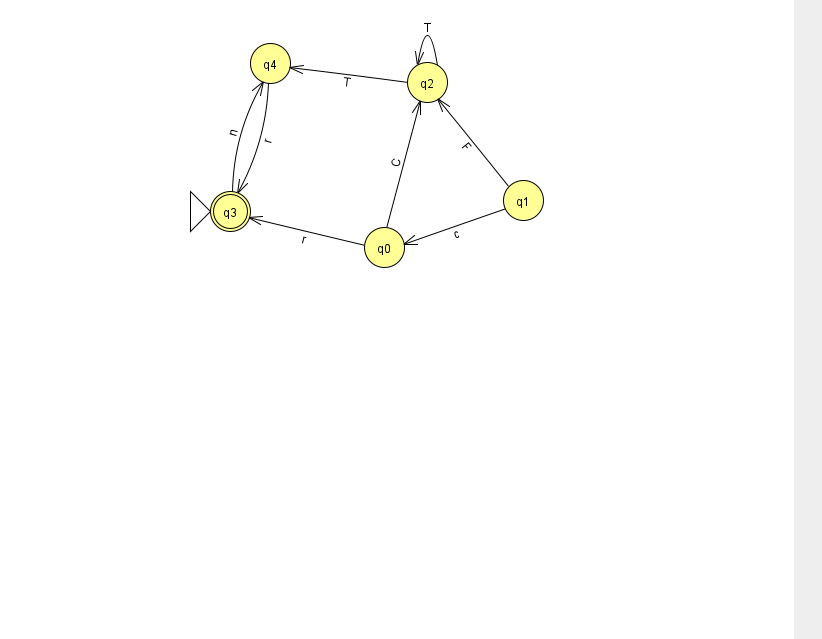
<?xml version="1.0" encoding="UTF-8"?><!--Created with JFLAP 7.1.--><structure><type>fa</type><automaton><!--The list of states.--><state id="0" name="q0"><x>384.0</x><y>234.0</y></state><state id="1" name="q1"><x>523.0</x><y>187.0</y></state><state id="2" name="q2"><x>427.0</x><y>69.0</y></state><state id="3" name="q3"><x>230.0</x><y>198.0</y><initial/><final/></state><state id="4" name="q4"><x>270.0</x><y>50.0</y></state><!--The list of transitions.--><transition><from>1</from><to>0</to><read>c</read></transition><transition><from>4</from><to>3</to><read>r</read></transition><transition><from>2</from><to>2</to><read>T</read></transition><transition><from>0</from><to>3</to><read>r</read></transition><transition><from>1</from><to>2</to><read>F</read></transition><transition><from>0</from><to>2</to><read>C</read></transition><transition><from>2</from><to>4</to><read>T</read></transition><transition><from>3</from><to>4</to><read>n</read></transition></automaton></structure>